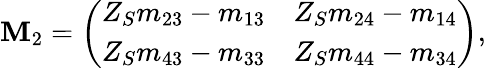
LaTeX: \mathbf M_{2}=\left(\begin{array}{cc}{Z_{S}m_{23}-m_{13}}&{Z_{S}m_{24}-m_{14}}\\ {Z_{S}m_{43}-m_{33}}&{Z_{S}m_{44}-m_{34}}\end{array}\right),